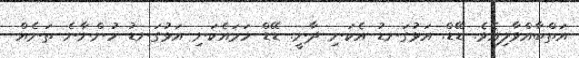
އަތްބާއްވާލިއެވެ. ޑޭޑް. އަޅުގަނޑު އެކަނި ދާނީ. ޑޭޑް ހަމައެކަނި އަޅުގަނޑު ހުންނާނެ ތަނެއް